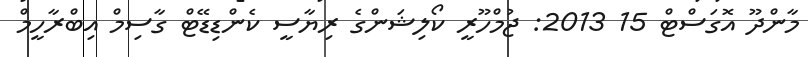
މާންދޫ އޮގަސްޓް 15 2013: ޖުމްހޫރީ ކޯލިޝަންގެ ރިޔާސީ ކެންޑިޑޭޓް ގާސިމް އިބްރާހީމް